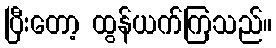
ပြီးတော့ ထွန်ယက်ကြသည်။